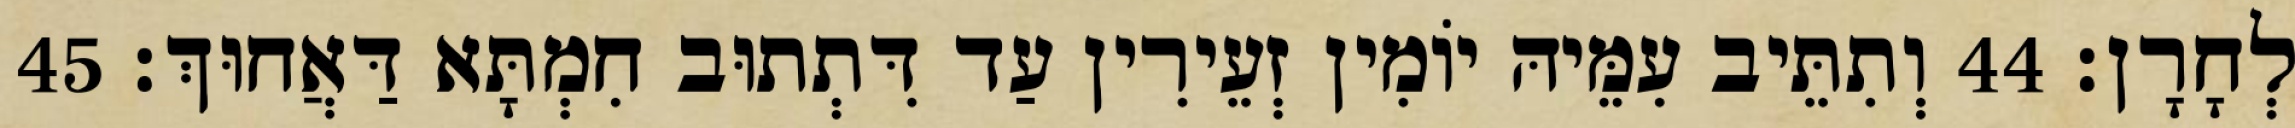
לְחָרָן׃ 44 וְתִתֵּיב עִמֵּיהּ יוֹמִין זְעֵירִין עַד דִּתְתוּב חִמְתָּא דַּאֲחוּךְ׃ 45